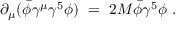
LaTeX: \partial _ { \mu } ( \bar { \phi } \gamma ^ { \mu } \gamma ^ { 5 } \phi ) ~ = ~ 2 M \bar { \phi } \gamma ^ { 5 } \phi ~ .